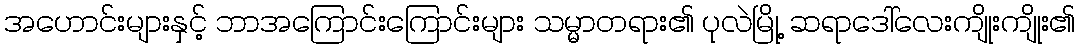
အဟောင်းများနှင့် ဘာအကြောင်းကြောင်းများ သမ္မာတရား၏ ပုလဲမြို့ ဆရာဒေါ်လေးကျိုးကျိုး၏